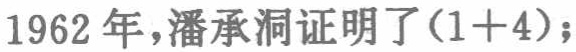
1962年，潘承洞证明了\((1 + 4)\)；